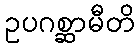
ဥပဂစ္ဆာမီတိ